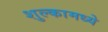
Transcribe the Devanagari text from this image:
शुल्कामध्ये